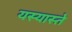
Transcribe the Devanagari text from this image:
यस्यास्ते